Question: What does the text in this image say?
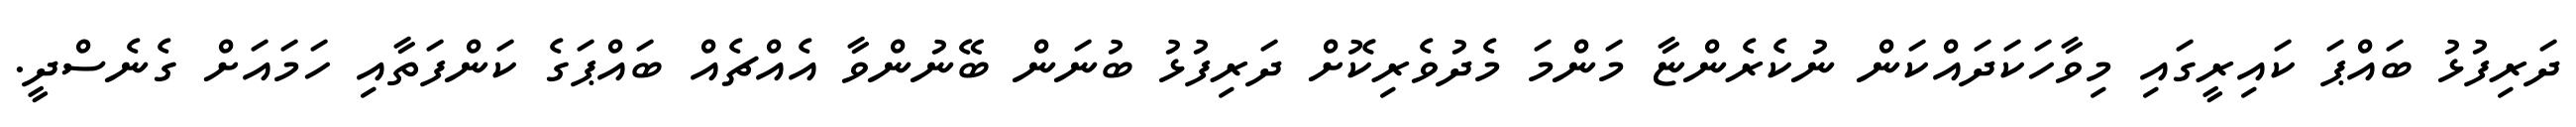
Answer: ދަރިފުޅު ބައްޕަ ކައިރީގައި މިވާހަކަދައްކަން ނުކެރެންޏާ މަންމަ މެދުވެރިކޮށް ދަރިފުޅު ބުނަން ބޭނުންވާ އެއްޗެއް ބައްޕަގެ ކަންފަތާއި ހަމައަށް ގެނެސްދީ.